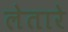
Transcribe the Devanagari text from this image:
लेतारे